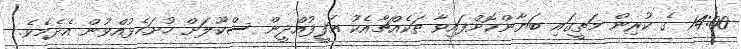
14:00 ގެ ކުރިން މަތީގައި ބަޔާންކޮށްފައިވާ ތަކެއްޗާއެކު ޢަފީފުއްދީން ސްކޫލަށް ހުށަހެޅުއްވުން އެދެމެވެ.